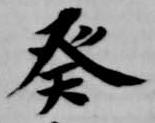
癸